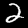
Label: 2